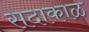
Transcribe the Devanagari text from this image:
सदाकाळ